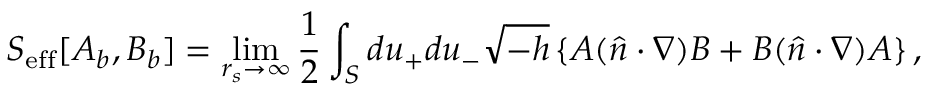
S _ { \mathrm { e f f } } [ A _ { b } , B _ { b } ] = \operatorname * { l i m } _ { r _ { s } \to \infty } { \frac { 1 } { 2 } } \int _ { S } d u _ { + } d u _ { - } \sqrt { - h } \left\{ A ( \hat { n } \cdot \nabla ) B + B ( \hat { n } \cdot \nabla ) A \right\} ,